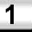
Digit: 1